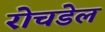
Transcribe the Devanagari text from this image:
रोचडेल